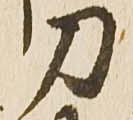
刀